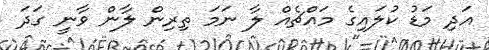
އަދި މަޑު ކުލައިގެ މައްޗެއް ލާ ނަމަ ތިރިން ލާން ވާނީ ގަދަ